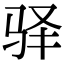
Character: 驿